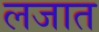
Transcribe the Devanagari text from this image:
लजात